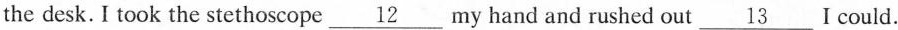
the desk. I took the stethoscope \underline{12} my hand and rushed out \underline{13} I could.